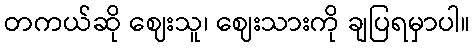
တကယ်ဆို ဈေးသူ၊ ဈေးသားကို ချပြရမှာပါ။